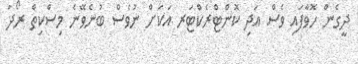
ދީގެން ހޮވާފައި ވެސް އަދި ކޮންޓްރެކްޓަރ އަކަށް ނުވެސް ބުނެވޭނެ މިސްކިތް ރޯދަ